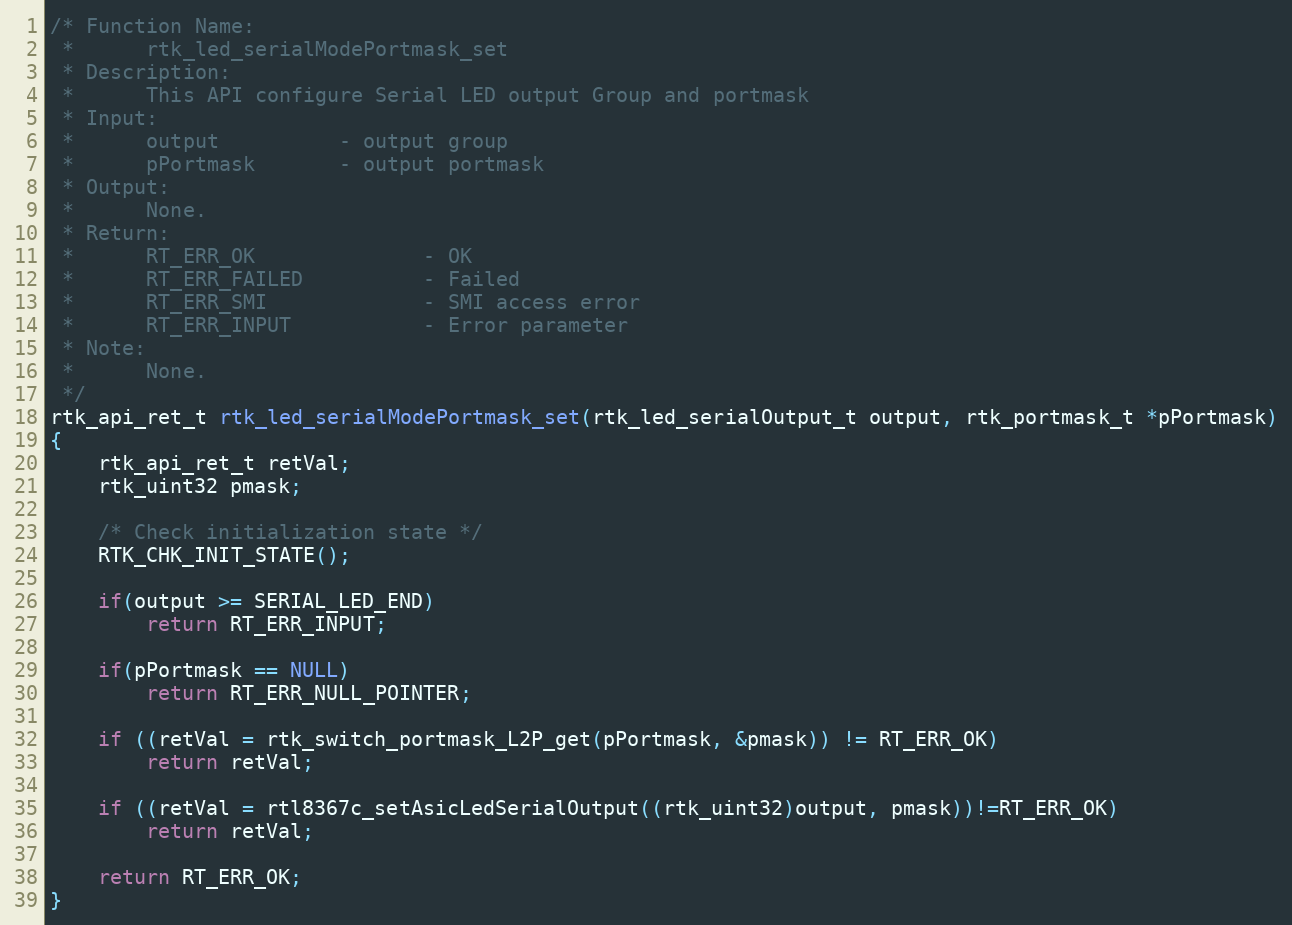
Language: C
/* Function Name:
 *      rtk_led_serialModePortmask_set
 * Description:
 *      This API configure Serial LED output Group and portmask
 * Input:
 *      output          - output group
 *      pPortmask       - output portmask
 * Output:
 *      None.
 * Return:
 *      RT_ERR_OK              - OK
 *      RT_ERR_FAILED          - Failed
 *      RT_ERR_SMI             - SMI access error
 *      RT_ERR_INPUT           - Error parameter
 * Note:
 *      None.
 */
rtk_api_ret_t rtk_led_serialModePortmask_set(rtk_led_serialOutput_t output, rtk_portmask_t *pPortmask)
{
    rtk_api_ret_t retVal;
    rtk_uint32 pmask;

    /* Check initialization state */
    RTK_CHK_INIT_STATE();

    if(output >= SERIAL_LED_END)
        return RT_ERR_INPUT;

    if(pPortmask == NULL)
        return RT_ERR_NULL_POINTER;

    if ((retVal = rtk_switch_portmask_L2P_get(pPortmask, &pmask)) != RT_ERR_OK)
        return retVal;

    if ((retVal = rtl8367c_setAsicLedSerialOutput((rtk_uint32)output, pmask))!=RT_ERR_OK)
        return retVal;

    return RT_ERR_OK;
}